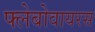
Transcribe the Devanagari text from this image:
फ्लेबोवायरस